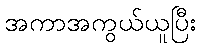
အကာအကွယ်ယူပြီး